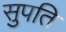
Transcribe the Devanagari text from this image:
सुपति